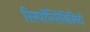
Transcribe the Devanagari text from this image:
रिस्पॉन्सिबिलिटी